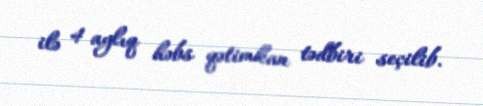
ilə 4 aylıq həbs qətimkan tədbiri seçilib.